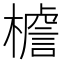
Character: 𭬍